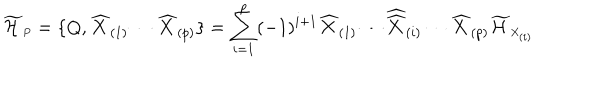
LaTeX: \widetilde { \cal H } _ { \scriptscriptstyle P } = \{ Q , \widehat { X } _ { ( 1 ) } \cdots \widehat { X } _ { ( p ) } \} = \sum _ { i = 1 } ^ { p } ( - 1 ) ^ { i + 1 } \widehat { X } _ { ( 1 ) } \cdots { \widehat { \widehat X } } _ { ( i ) } \cdots \widehat { X } _ { ( p ) } \widetilde { \cal H } _ { \scriptscriptstyle X _ { ( i ) } }